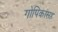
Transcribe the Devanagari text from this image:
गोपिकांसह